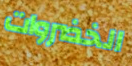
الخضروات